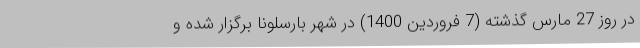
در روز 27 مارس گذشته (7 فروردین 1400) در شهر بارسلونا برگزار شده و